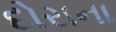
દોરાના